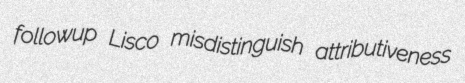
followup Lisco misdistinguish attributiveness